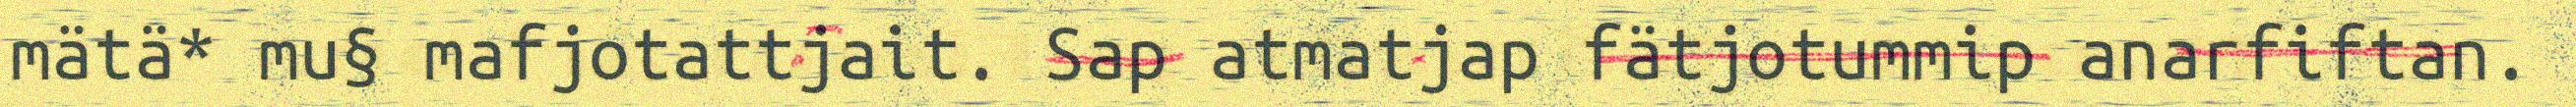
mätä* mu§ mafjotattjait. Sap atmatjap fätjotummip anarfiftan.